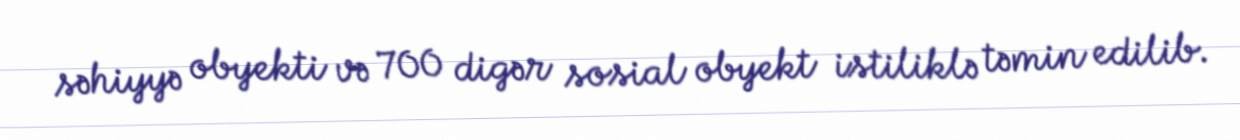
səhiyyə obyekti və 700 digər sosial obyekt istiliklə təmin edilib.